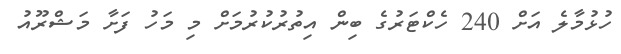
ހުޅުމާލެ އަށް 240 ހެކްޓަރުގެ ބިން އިތުރުކުރުމަށް މި މަހު ފަށާ މަޝްރޫއު